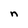
Character: n